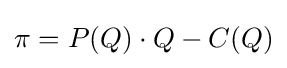
\pi =P(Q)\cdot Q-C(Q)